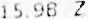
15.98 Z